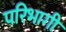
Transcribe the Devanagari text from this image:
परिभागी